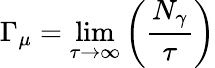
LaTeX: \Gamma_{\mu}=\operatorname*{lim}_{\tau\to\infty}\left({\frac{N_{\gamma}}{\tau}}\right)